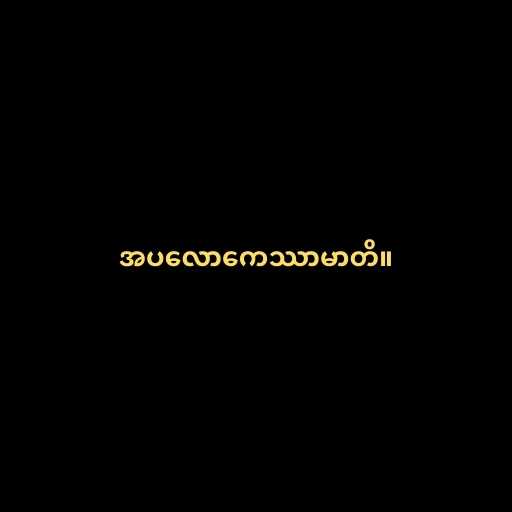
အပလောကေဿာမာတိ။